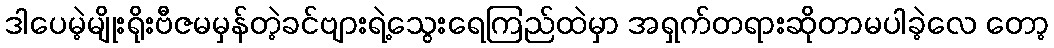
ဒါပေမဲ့မျိုးရိုးဗီဇမမှန်တဲ့ခင်ဗျားရဲ့သွေးရေကြည်ထဲမှာ အရှက်တရားဆိုတာမပါခဲ့လေ တော့